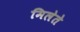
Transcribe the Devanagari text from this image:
मिलेते